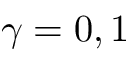
\gamma = 0 , 1